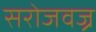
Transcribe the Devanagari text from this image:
सरोजवज्र